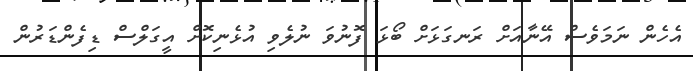
އެހެން ނަމަވެސް އޭނާއަށް ރަނގަޅަށް ބޯޅަ ފޮނުވަ ނުލެވި އުޅެނިކޮށް އީގަލްސް ޑިފެންޑަރުން